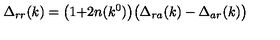
\Delta _ { r r } ( k ) = \bigl ( 1 { + } 2 n ( k ^ { 0 } ) \bigr ) \bigl ( \Delta _ { r a } ( k ) - \Delta _ { a r } ( k ) \bigr )